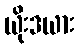
ယိုးဒယား